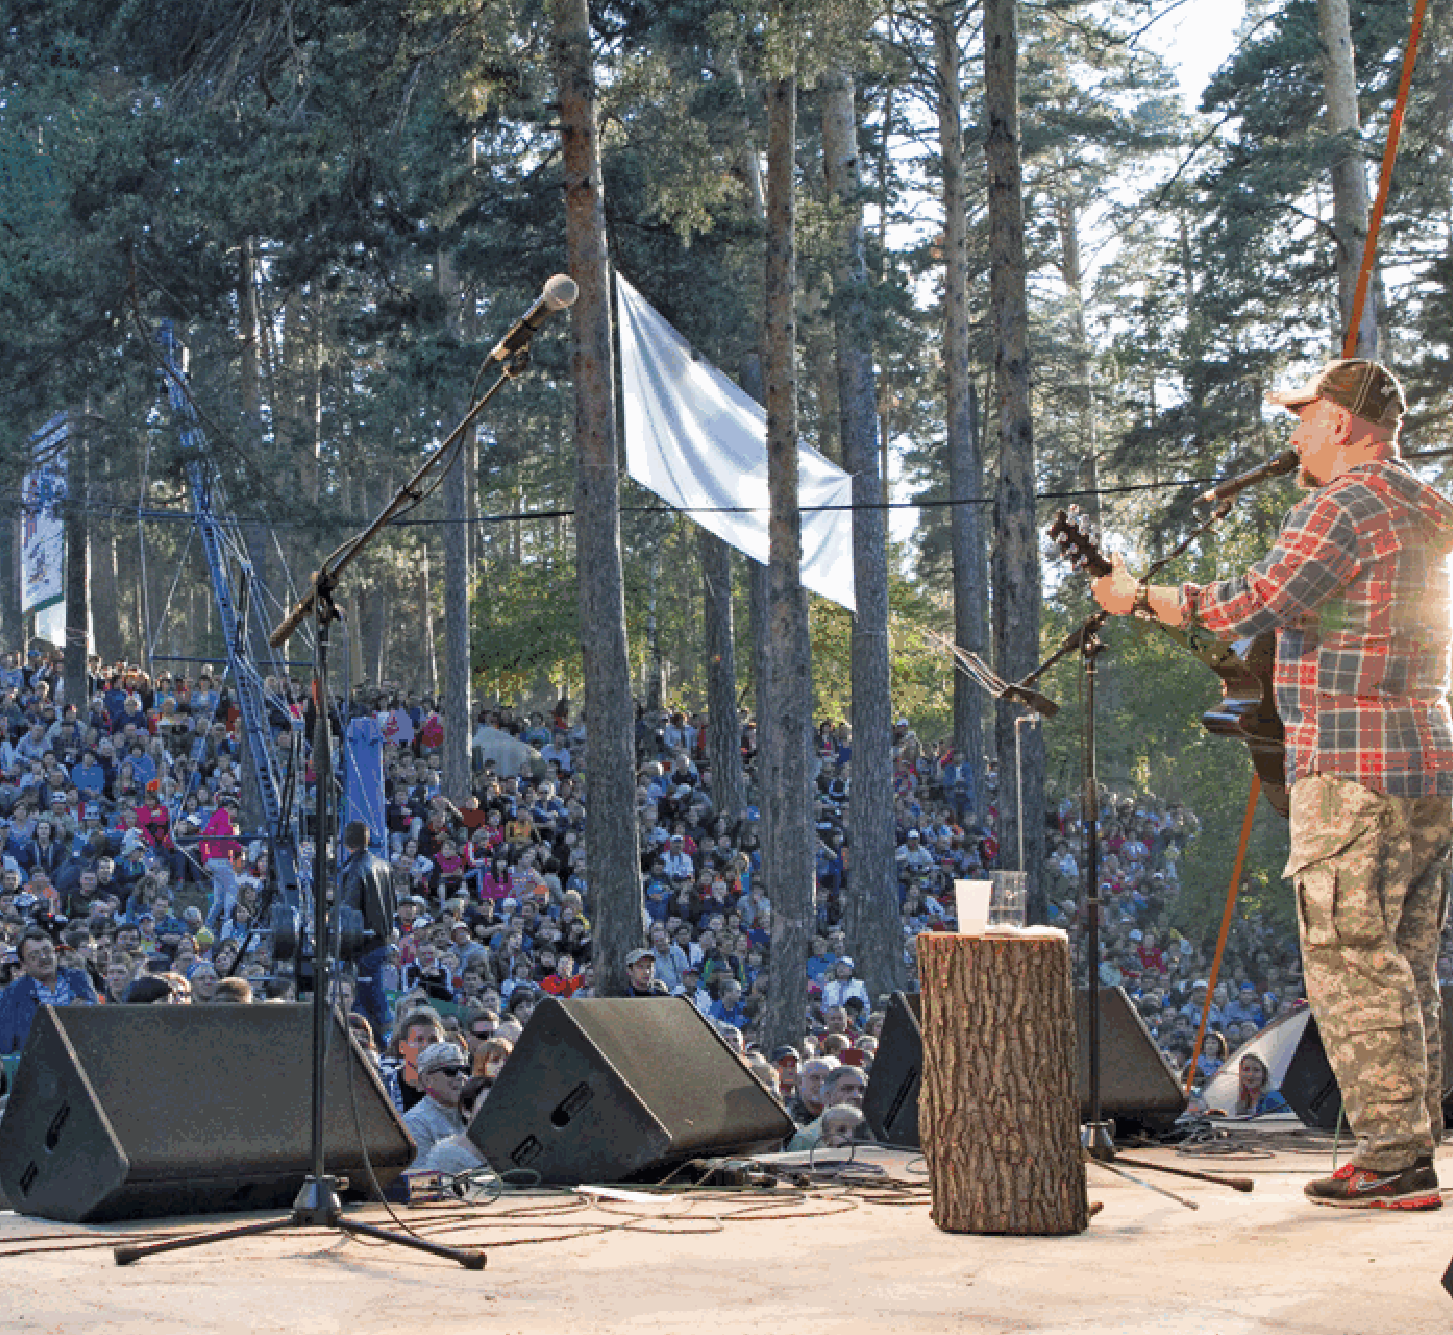
524          ИЛЬМЕНСКИЙ ФЕСТИВАЛЬ                               ГОД ЗА ГОДОМ: 2013      525